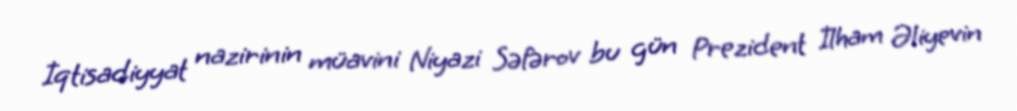
İqtisadiyyat nazirinin müavini Niyazi Səfərov bu gün Prezident İlham Əliyevin